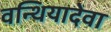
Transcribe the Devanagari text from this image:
वन्थियादेवा